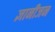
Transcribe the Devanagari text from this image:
ज्ञानीजन